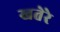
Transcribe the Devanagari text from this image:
खतेरे